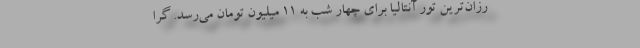
رزان‌ترین تور آنتالیا برای چهار شب به ۱۱ میلیون تومان می‌رسد. گرا